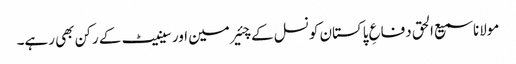
مولانا سمیع الحق دفاعِ پاکستان کونسل کے چئیرمین اور سینیٹ کے رکن بھی رہے۔